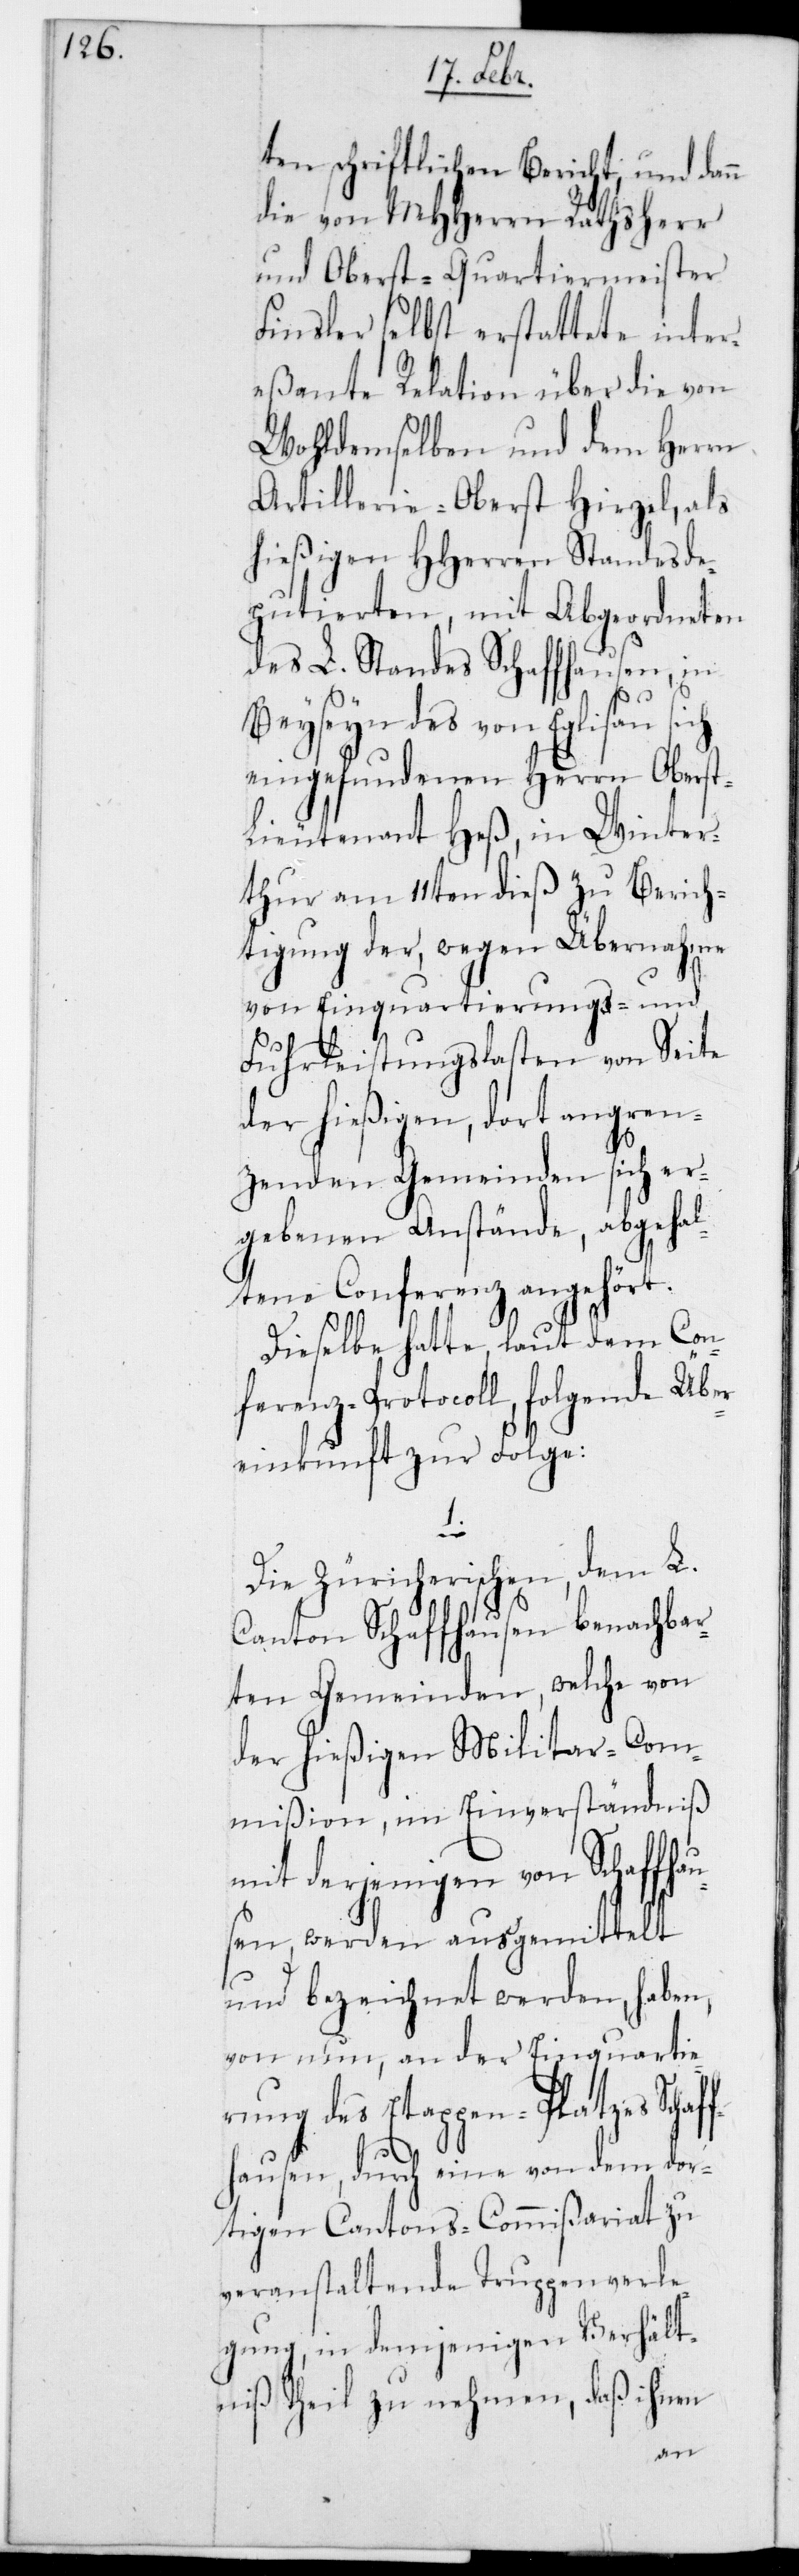
ten schriftlichen Bericht, und dann
die von MHHerrn Rathsherr
und Oberst-Quartiermeister
Finsler selbst erstattete inter¬
eßante Relation über die von
wohldemselben und dem Herrn
Artillerie-Oberst Hirzel, als
hießigen HHerren Standesde¬
putierten, mit Abgeordneten
des L. Standes Schaffhausen, in
1.
Beyseyn des von Eglisau sich
eingefundenen Herrn Oberst¬
lieutenant Heß, in Winter¬
thur am 11ten dieß zu Berich¬
tigung der wegen Übernahme
von Einquartierungs- und
Fuhrleistungslasten von Seite
der hießigen, dort angren¬
zenden Gemeinden sich er¬
gebenen Anstände, abgehal¬
tene Conferenz angehört.
Dieselbe hatte, laut dem Con¬
ferenz-Protocoll, folgende Übe¬
reinkonft zur Folge:
Die Züricherischen, dem L.
Canton Schaffhausen benachbar¬
ten Gemeinden, welche von
der hießigen Militar-Com¬
mißion, im Einverständniß
mit derjenigen von Schaffhau¬
sen werden ausgemittelt
und bezeichnet werden, haben
von nun an, der Einquartie¬
rung des Etappen-Platzes Schaf¬
fhausen, durch eine von dem dor¬
tigen Cantons-Commißariat zu
veranstaltende Truppenverle¬
gung, in demjenigen Verhält¬
niß Theil zu nehmen, daß ihnen